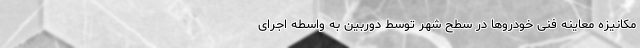
مکانیزه معاینه فنی خودروها در سطح شهر توسط دوربین به واسطه اجرای